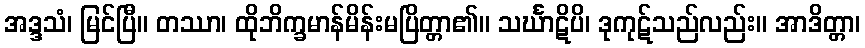
အဒ္ဒသံ၊ မြင်ပြီ။ တဿာ၊ ထိုဘိက္ခမာန်မိန်းမပြိတ္တာ၏။ သင်္ဃာဋိပိ၊ ဒုကုဋ်သည်လည်း။ အာဒိတ္တာ၊